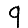
Digit: 9